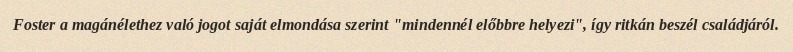
Foster a magánélethez való jogot saját elmondása szerint "mindennél előbbre helyezi", így ritkán beszél családjáról.